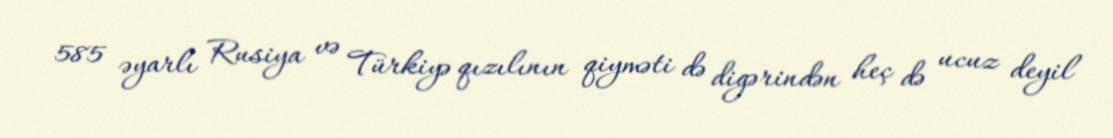
585 əyarlı Rusiya və Türkiyə qızılının qiyməti də digərindən heç də ucuz deyil